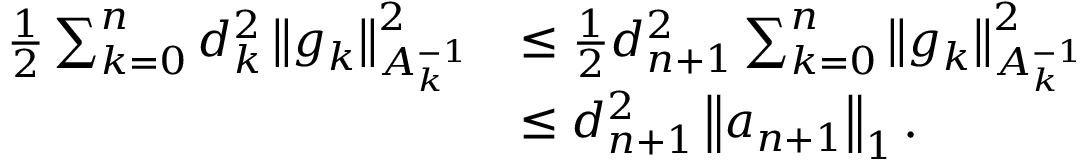
\begin{array} { r l } { \frac { 1 } { 2 } \sum _ { k = 0 } ^ { n } d _ { k } ^ { 2 } \left\Vert g _ { k } \right\Vert _ { A _ { k } ^ { - 1 } } ^ { 2 } } & { \leq \frac { 1 } { 2 } d _ { n + 1 } ^ { 2 } \sum _ { k = 0 } ^ { n } \left\Vert g _ { k } \right\Vert _ { A _ { k } ^ { - 1 } } ^ { 2 } } \\ & { \leq d _ { n + 1 } ^ { 2 } \left\Vert a _ { n + 1 } \right\Vert _ { 1 } . } \end{array}